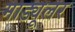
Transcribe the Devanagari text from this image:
माड्यूलर